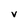
Character: v